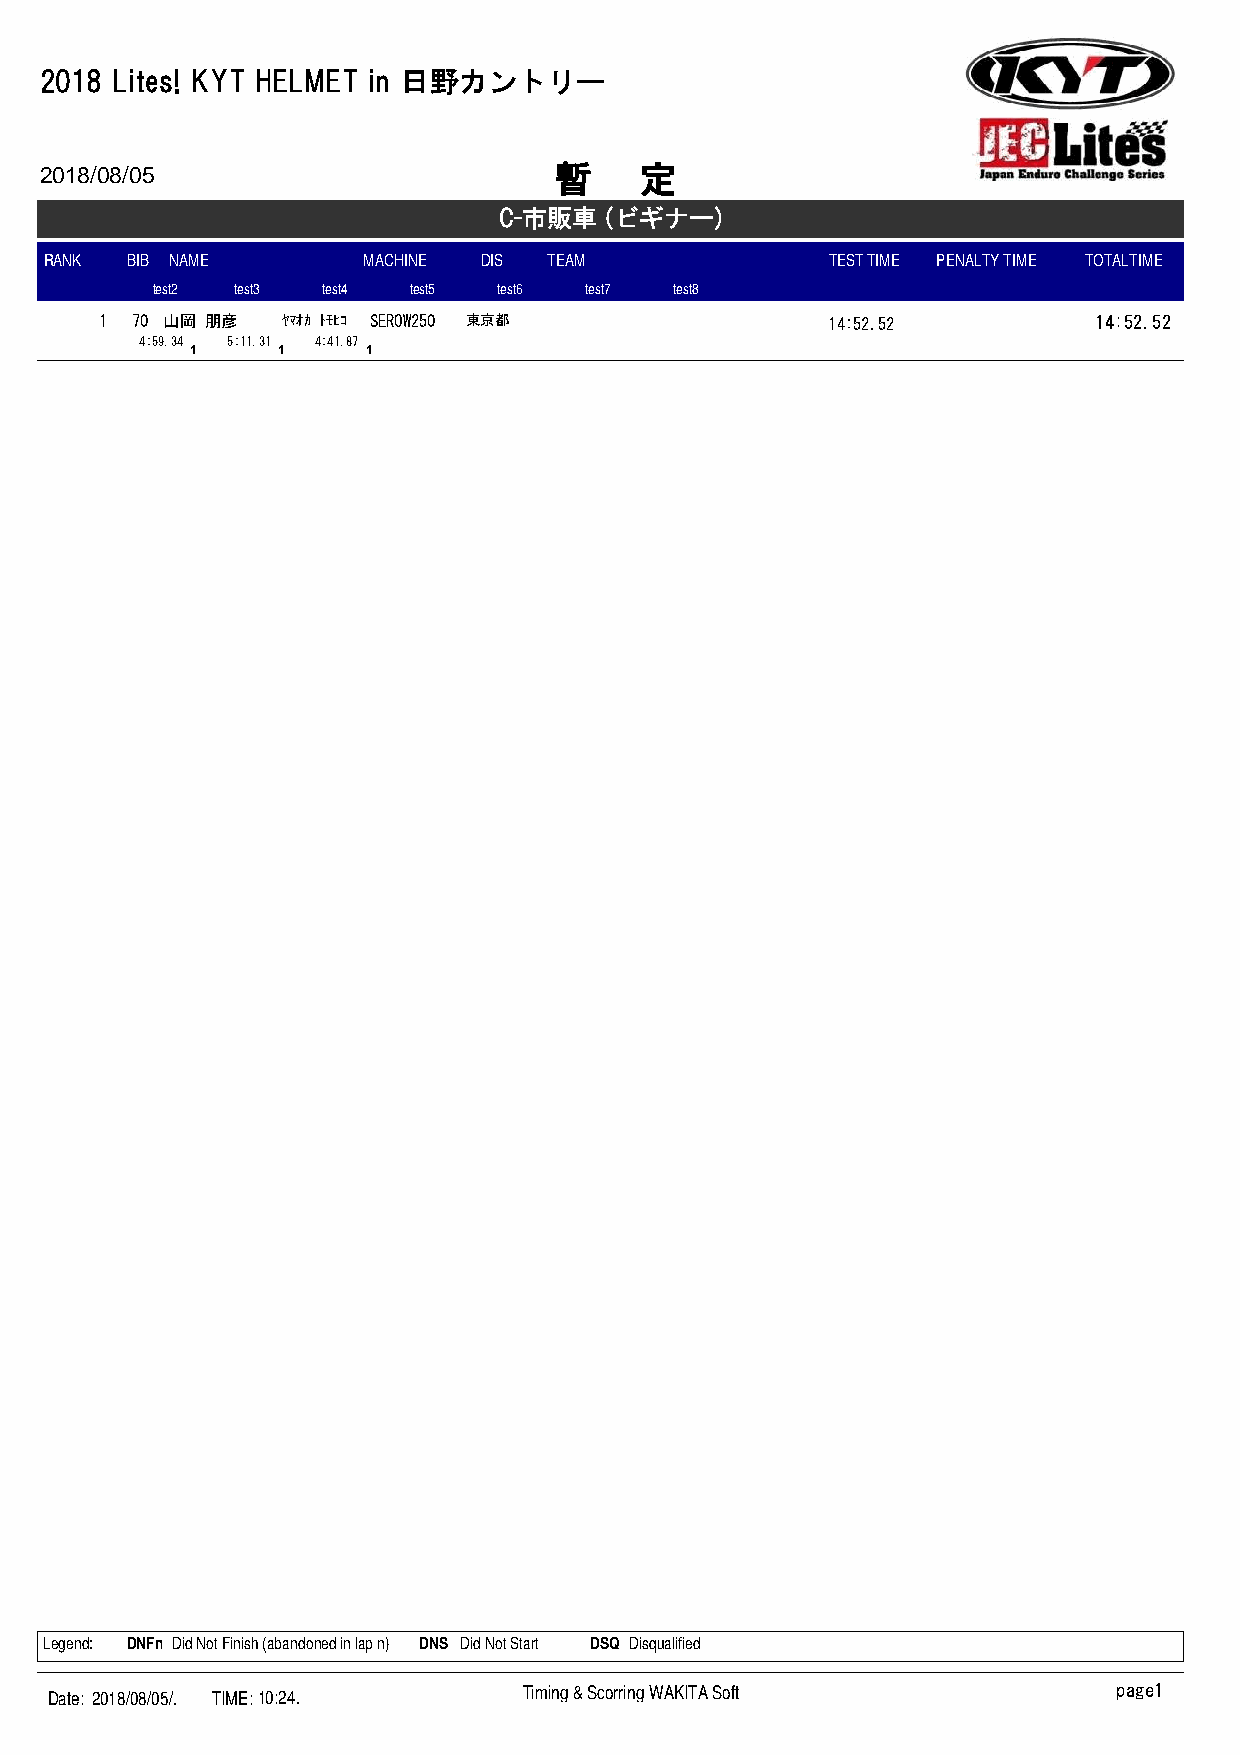
2018 Lites! KYT HELMET in 日野カントリー
 2018/08/05
 暫    定
 C-市販車  (ビギナー)
 RANK BIB NAME        MACHINE DIS TEAM               TEST TIME PENALTY TIME TOTALTIME
 test2 test3 test4 test5 test6 test7 test8
 1 70 山岡 朋彦  ﾔﾏｵｶ ﾄﾓﾋｺ SEROW250 東京都              14:52.52         14:52.52
 4:59.34 5:11.31 4:41.87
 1    1     1
 Legend: D N F n Did Not Finish (abandoned in lap n) D N S Did Not Start D S Q Disqualified
 Date: 2018/08/05/. TIME:10:24.  Timing & Scorring WAKITA Soft          page1